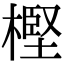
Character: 樫